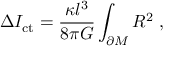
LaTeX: \Delta I _ { \mathrm { c t } } = { \frac { \kappa l ^ { 3 } } { 8 \pi G } } \int _ { \partial { \cal M } } { \cal R } ^ { 2 } \ ,